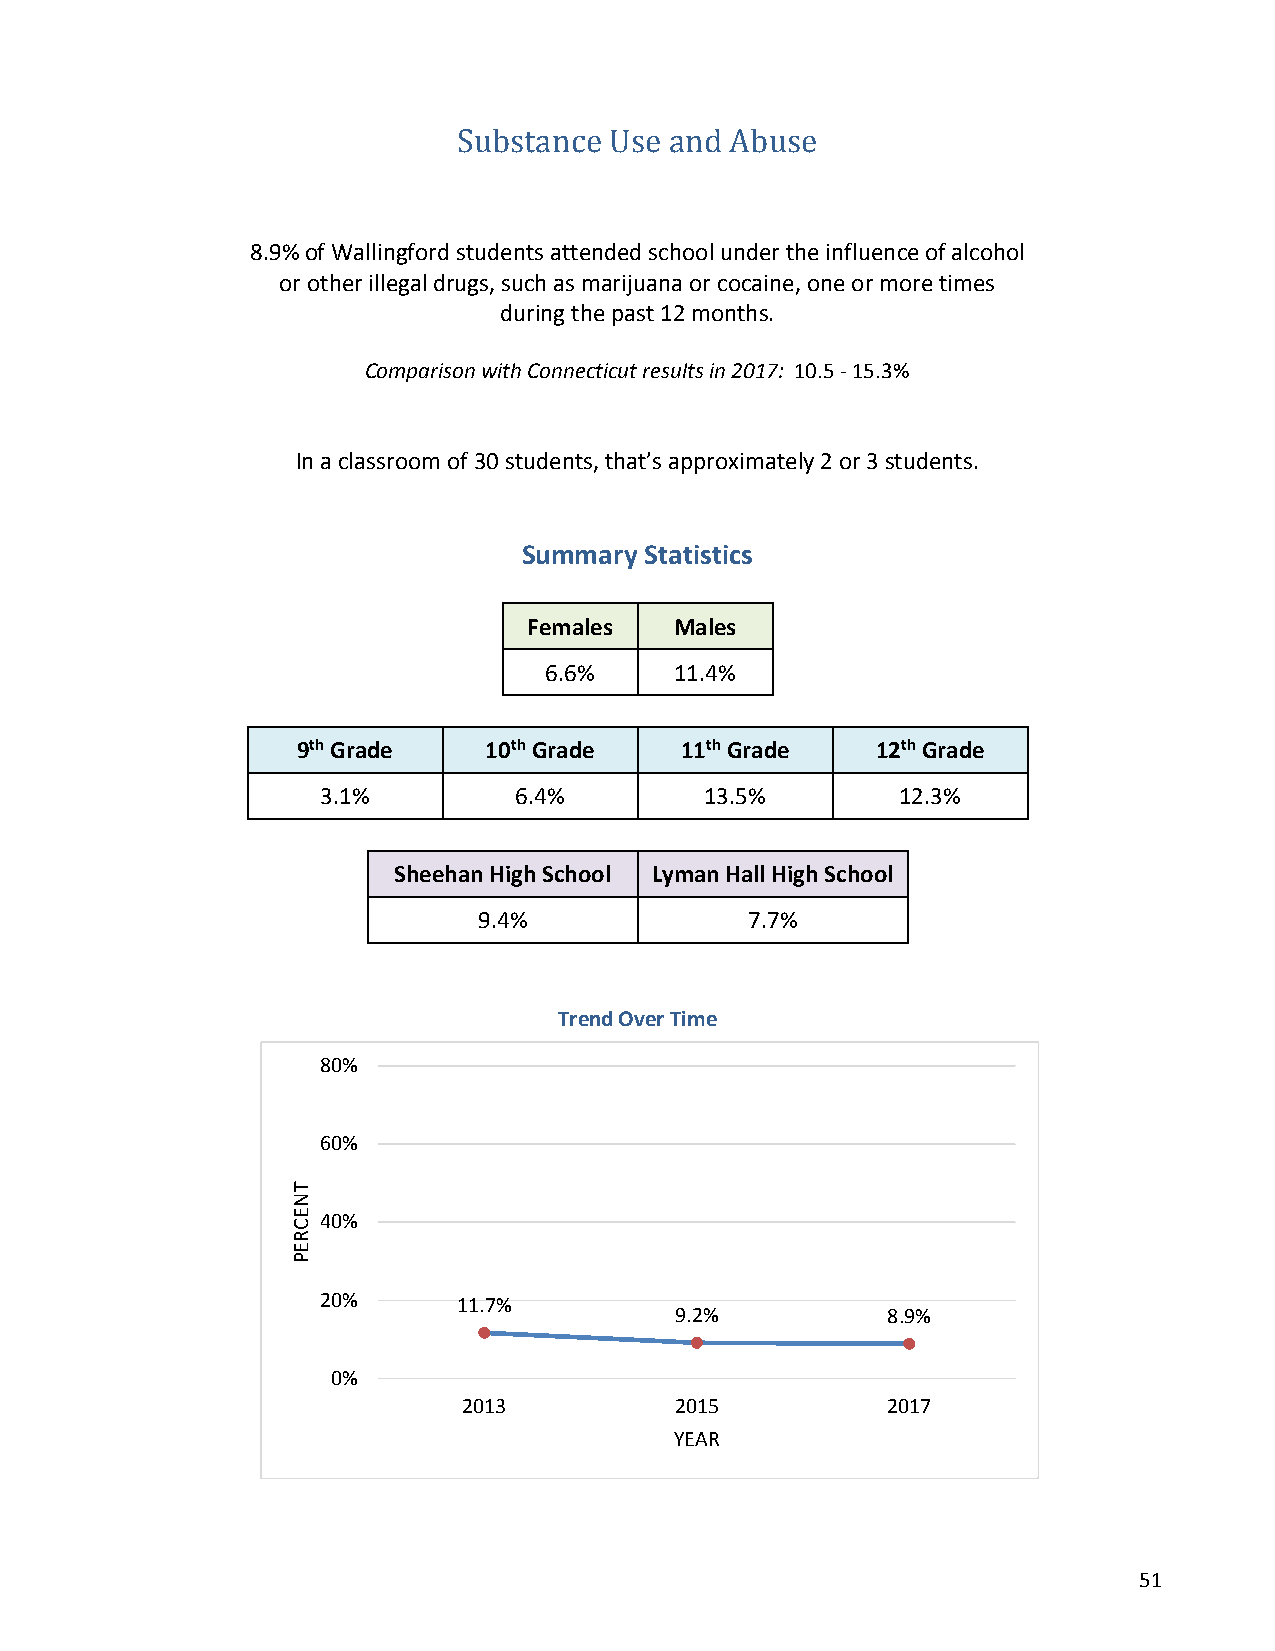
Substance Use and Abuse
 8.9% of Wallingford students attended school under the influence of alcohol
 or other illegal drugs, such as marijuana or cocaine, one or more times
 during the past 12 months.
 Comparison with Connecticut results in 2017: 10.5 - 15.3%
 In a classroom of 30 students, that’s approximately 2 or 3 students.
 Summary Statistics
 Females   Males
 6.6%     11.4%
 9th Grade   10th Grade   11th Grade   12th Grade
 3.1%         6.4%         13.5%        12.3%
 Sheehan High School Lyman Hall High School
 9.4%              7.7%
 Trend Over Time
 80%
 60%
 40%
 20%      11.7%
 9.2%          8.9%
 0%
 2013          2015          2017
 YEAR
 51
 TNECREP